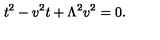
t ^ { 2 } - v ^ { 2 } t + \Lambda ^ { 2 } v ^ { 2 } = 0 .